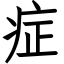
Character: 症